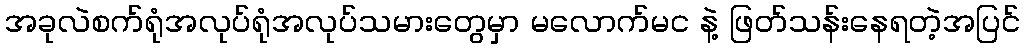
အခုလဲစက်ရုံအလုပ်ရုံအလုပ်သမားတွေမှာ မလောက်မင နဲ့ ဖြတ်သန်းနေရတဲ့အပြင်